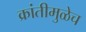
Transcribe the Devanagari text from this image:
क्रांतीमुळेच